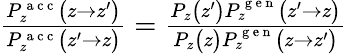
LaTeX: \begin{array}{r}{\frac{P_{z}^{\mathrm{~a~c~c~}}\bigl(z\to z^{\prime}\bigr)}{P_{z}^{\mathrm{~a~c~c~}}\bigl(z^{\prime}\to z\bigr)}=\frac{P_{z}\bigl(z^{\prime}\bigr)P_{z}^{\mathrm{~g~e~n~}}\bigl(z^{\prime}\to z\bigr)}{P_{z}\bigl(z\bigr)P_{z}^{\mathrm{~g~e~n~}}\bigl(z\to z^{\prime}\bigr)}}\end{array}